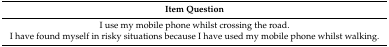
<table><thead><tr><td><b>Item Question</b></td></tr></thead><tbody><tr><td>I use my mobile phone whilst crossing the road.</td></tr><tr><td>I have found myself in risky situations because I have used my mobile phone whilst walking.</td></tr></tbody></table>